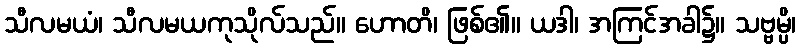
သီလမယံ၊ သီလမယကုသိုလ်သည်။ ဟောတိ၊ ဖြစ်၏။ ယဒါ၊ အကြင်အခါ၌။ သဗ္ဗမ္ပိ၊